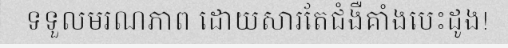
ទទួលមរណភាព ដោយសារតែជំងឺគាំងបេះដូង!